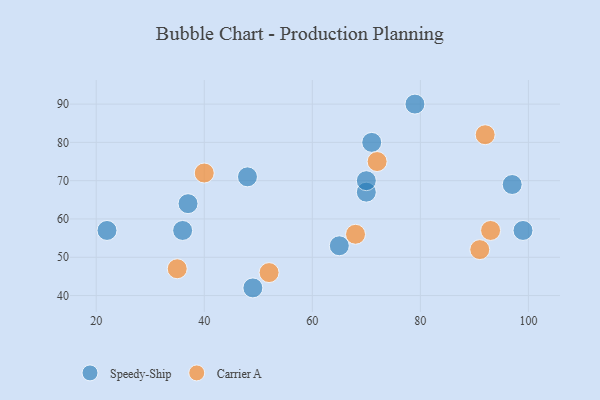
{"axis": {"x": "GDP", "y": "Life Expectancy"}, "legend": ["Carrier A", "Speedy-Ship"], "data": [{"x": "71", "y": 80, "type": "Speedy-Ship"}, {"x": "37", "y": 64, "type": "Speedy-Ship"}, {"x": "70", "y": 67, "type": "Speedy-Ship"}, {"x": "36", "y": 57, "type": "Speedy-Ship"}, {"x": "79", "y": 90, "type": "Speedy-Ship"}, {"x": "99", "y": 57, "type": "Speedy-Ship"}, {"x": "65", "y": 53, "type": "Speedy-Ship"}, {"x": "97", "y": 69, "type": "Speedy-Ship"}, {"x": "70", "y": 70, "type": "Speedy-Ship"}, {"x": "48", "y": 71, "type": "Speedy-Ship"}, {"x": "49", "y": 42, "type": "Speedy-Ship"}, {"x": "22", "y": 57, "type": "Speedy-Ship"}, {"x": "93", "y": 57, "type": "Carrier A"}, {"x": "40", "y": 72, "type": "Carrier A"}, {"x": "52", "y": 46, "type": "Carrier A"}, {"x": "68", "y": 56, "type": "Carrier A"}, {"x": "35", "y": 47, "type": "Carrier A"}, {"x": "92", "y": 82, "type": "Carrier A"}, {"x": "72", "y": 75, "type": "Carrier A"}, {"x": "91", "y": 52, "type": "Carrier A"}]}